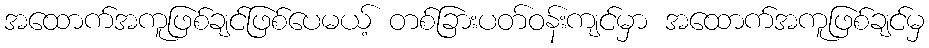
အထောက်အကူဖြစ်ချင်ဖြစ်ပေမယ့် တစ်ခြားပတ်ဝန်းကျင်မှာ အထောက်အကူဖြစ်ချင်မှ